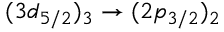
( 3 d _ { 5 / 2 } ) _ { 3 } \rightarrow ( 2 p _ { 3 / 2 } ) _ { 2 }